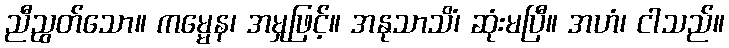
ညီညွတ်သော။ ကမ္မေန၊ အမှုဖြင့်။ အနုသာသိံ၊ ဆုံးမပြီ။ အဟံ၊ ငါသည်။